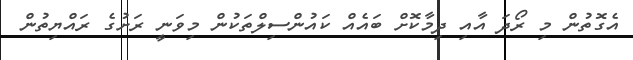
އެގޮތުން މި ރޯދަ އާއި ދިމާކޮށް ބައެއް ކައުންސިލްތަކުން މިވަނީ ރަށުގެ ރައްޔިތުން